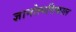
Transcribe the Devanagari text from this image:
ज्ञानोत्पत्तिकाल